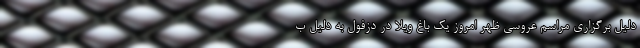
دلیل برگزاری مراسم عروسی ظهر امروز یک باغ ویلا در دزفول به دلیل ب